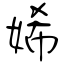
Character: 㛓